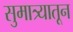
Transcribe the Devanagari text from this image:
सुमात्र्यातून